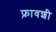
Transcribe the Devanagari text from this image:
फ़्रावशी